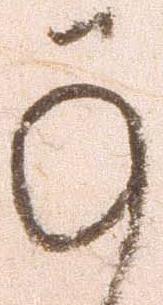
承